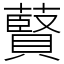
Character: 藖